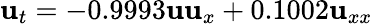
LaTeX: \mathbf{u}_{t}=-0.9993\mathbf{u}\mathbf{u}_{x}+0.1002\mathbf{u}_{xx}